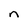
Character: n